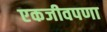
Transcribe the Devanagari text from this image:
एकजीवपणा